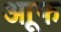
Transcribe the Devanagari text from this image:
आूफ